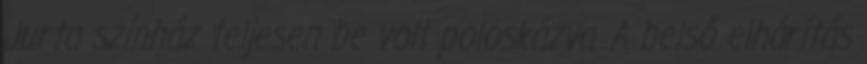
Jurta színház teljesen be volt poloskázva. A belső elhárítás